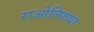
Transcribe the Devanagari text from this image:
राओल्फिया